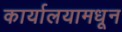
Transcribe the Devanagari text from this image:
कार्यालयामधून